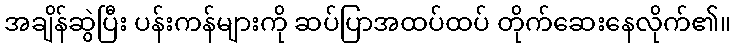
အချိန်ဆွဲပြီး ပန်းကန်များကို ဆပ်ပြာအထပ်ထပ် တိုက်ဆေးနေလိုက်၏။